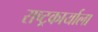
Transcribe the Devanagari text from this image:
राष्ट्रकार्याला